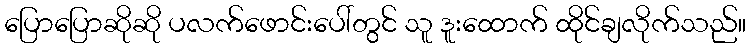
ပြောပြောဆိုဆို ပလက်ဖောင်းပေါ်တွင် သူ ဒူးထောက် ထိုင်ချလိုက်သည်။